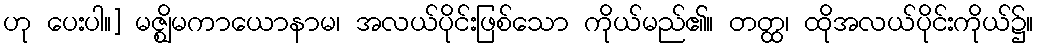
ဟု ပေးပါ။] မဇ္ဈိမကာယောနာမ၊ အလယ်ပိုင်းဖြစ်သော ကိုယ်မည်၏။ တတ္ထ၊ ထိုအလယ်ပိုင်းကိုယ်၌။